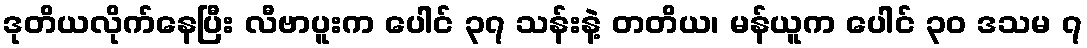
ဒုတိယလိုက်နေပြီး လီဗာပူးက ပေါင် ၃၇ သန်းနဲ့ တတိယ၊ မန်ယူက ပေါင် ၃၀ ဒသမ ၇